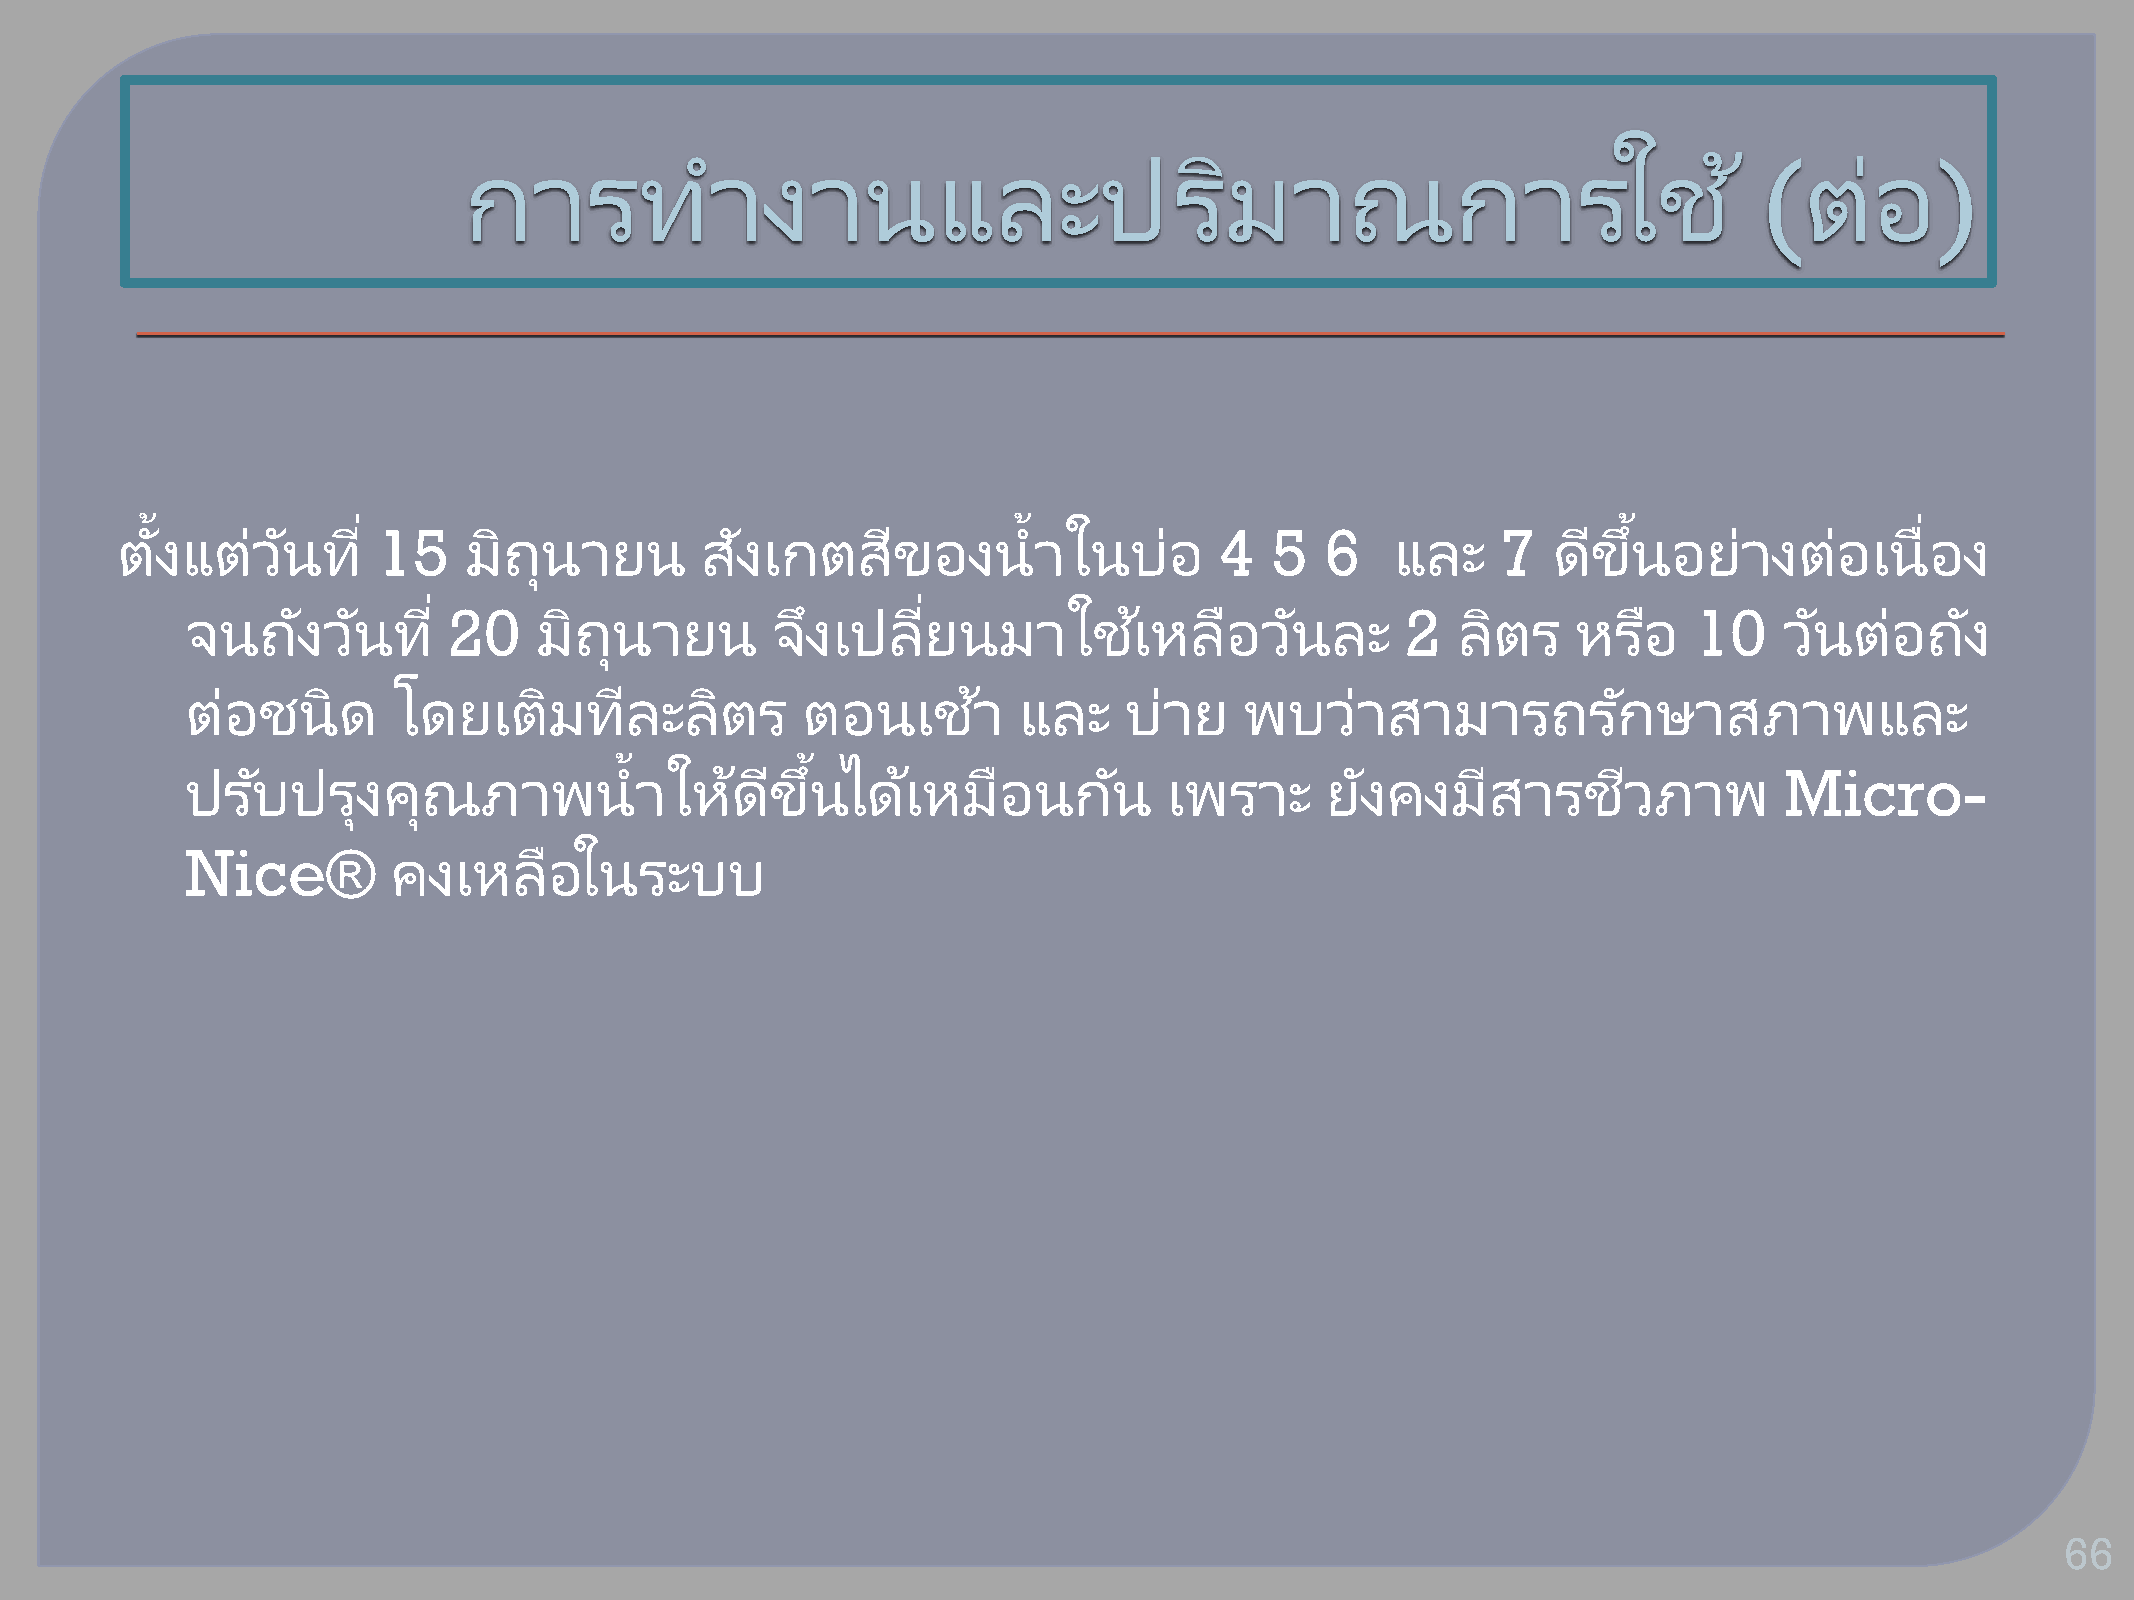
การท            างานและปรมิ                            าณการใช                       ้ (ตอ่      )
 ้            ่                                            ้                                      ้                   ่
 ตงั แตว่   นั ที 15    มถิ  นุ ายน    สงั  เกตสขี     องน   าในบ่อ       4  5   6   และ    7   ดขี  นึ อย่างตอ่     เนือง
 ่                               ่
 จนถงั    วนั  ที  20    มถิ  นุ ายน    จงึ เปลยี   นมาใชเ้      หลอื   วนั  ละ   2  ลติ  ร  หรอื    10    วนั  ตอ่  ถงั
 ตอ่  ชนิด     โดยเตมิ      ทลี  ะลติ  ร  ตอนเชา้       และ    บ่าย    พบวา่     สามารถรกั         ษาสภาพและ
 ้           ้
 ปรบั   ปรงุ  คณุ    ภาพน      าใหด้    ขี นึ ไดเ้ หมอื  นกนั     เพราะ      ยงั คงมสี    ารชวี   ภาพ      Micro-
 Nice®         คงเหลอื     ในระบบ
 66